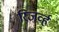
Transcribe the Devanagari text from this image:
रिजर्व्ह